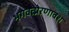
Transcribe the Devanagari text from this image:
भगवत्प्रेरणावश